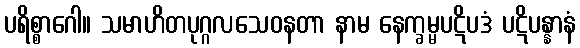
ပရိစ္စာဂေါ။ သမာဟိတပုဂ္ဂလသေဝနတာ နာမ နေက္ခမ္မပဋိပဒံ ပဋိပန္နာနံ